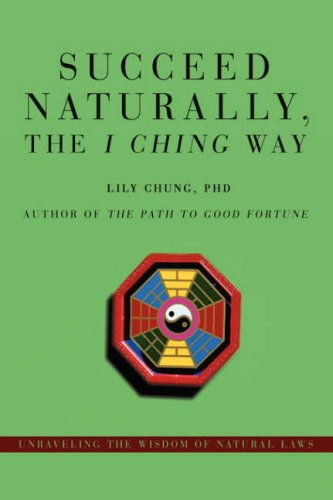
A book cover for Succeed Naturally, the I Ching Way: Unraveling the Wisdom of Natural Laws; Lily Chung; Religion & Spirituality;